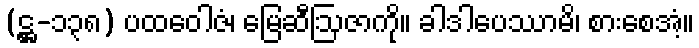
(ဋ္ဌ-၁၃၈) ပထဝေါဇံ၊ မြေဆီဩဇာကို။ ခါဒါပေဿာမိ၊ စားစေအံ့။